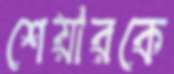
শেয়ারকে